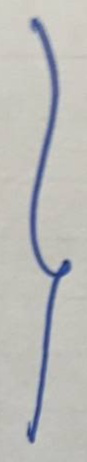
}